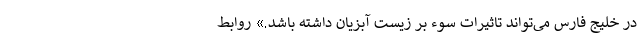
در خلیج فارس می‌تواند تاثیرات سوء بر زیست آبزیان داشته باشد.» روابط